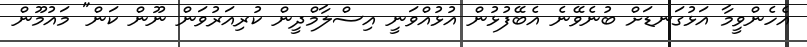
އެހެންވީމާ އަޅުގަނޑަށް ބުނެވޭނެ އެބޭފުޅުން އުޅުއްވަނީ އިސްލާމްދީން ކުރިއަރުވަން ނޫން ކަން" މައުމޫން